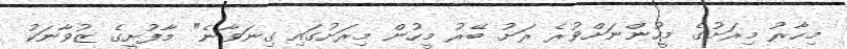
މިހާރު މިރަށުގެ މީހުންނަށްވުރެ ރަށު ބޭރު މީހުން މިރަށުގައި ގިނަވާނެ" މާފުށީގެ ޒުވާނަކު